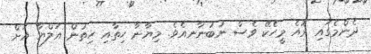
ދެންމެގައި ރޮއެ މީހެކޭ ވެސް ނުބުނާނއެވެ. މިޔާނާ ހިތާއި ހިތުން އަލްޔާ އަށް